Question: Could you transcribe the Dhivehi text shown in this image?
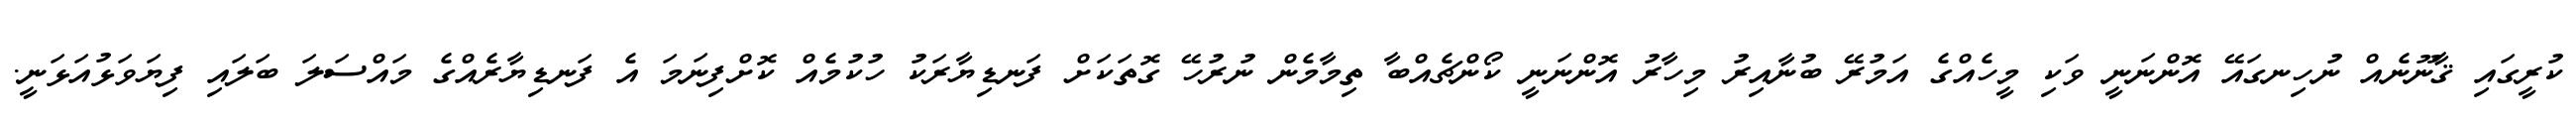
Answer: ކުރީގައި ޤާނޫނެއް ނުހިނގައޭ އޮންނަނީ ވަކި މީހެއްގެ އަމުރޭ ބުނާއިރު މިހާރު އޮންނަނީ ކޯންޗެއްބާ ތިމާމެން ނުރުހޭ ގޮތަކަށް ފަނޑިޔާރަކު ހުކުމެއް ކޮށްފިނަމަ އެ ފަނޑިޔާރެއްގެ މައްސަލަ ބަލައި ފިޔަވަޅުއަޅަނީ.